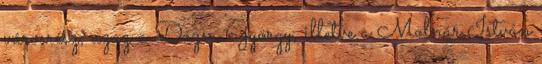
városrész, azaz a Dózsa György, illetve a Molnár István